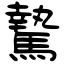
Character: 騺